Treatise on elephants
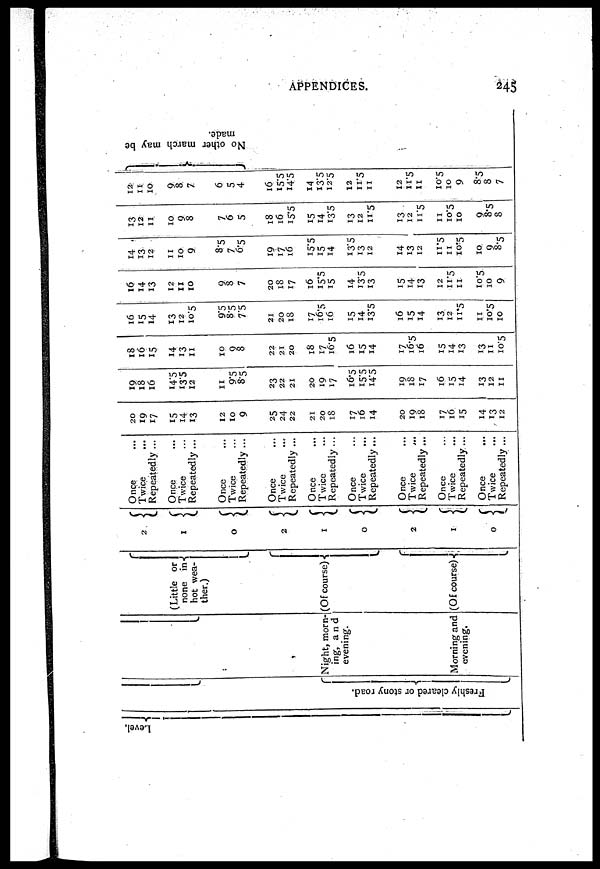
APPENDICES.
245
Level .
Fr es hl y c l e a r e d or stony road.
Night, morn-
ing, and
evening.
Morning and
evening.
(Little or
none in-
hot wea-
ther.)
(Of course)
(Of course)
2
1
0
2
1
0
2
1
0
Once ...
Twice ...
Repeatedly ...
Once ...
Twice ...
Repeatedly ...
Once ...
Twice ...
Repeatedly ...
Once ...
Twice ...
Repeatedly ...
Once ...
Twice ...
Repeatedly ...
Once ...
Twice ...
Repeatedly ...
Once ...
Twice
...
Repeatedly ...
Once ...
Twice ...
Repeatedly ...
Once ...
Twice ...
Repeatedly ...
20
19
17
15
14
13
12
10
9
25
24
22
21
20
18
17
16
14
20
19
18
17
16
15
14
13
12
19
18
16
14.5
13.5
12
11
9.5
8.5
23
22
21
20
19
17
16.5
15.5
14.5
19
18
17
16
15
14
13
12
11
18
16
15
14
13
11
10
9 8
22
21
20
18
17
16.5
16
15
14
17
16.5
16
15
14
13
13
11
10.5
16
15
14
13
12
10.5
9.5
8.5
7.5
21
20
18
17
16.5
16
15
14
13.5
16
15
14
13
12
11.5
11
10.5
10
16
14
13
12
11
10
9 8
7
20
18
17
16
15.5
15
14
13.5
13
15
14
13
12
11.5
11
10.5
10
9
14
13
12
11
10
9
8.5
7
6.5
19
17
16
15.5
15
14
13.5
13
12
14
13
12
11.5
11
10.5
10
9 8.5
13
12
11
10
9
8
7
6
5
18
16
15.5
15
14
13.5
13
12
11.5
13
12
11.5
11
10.5
10
9
8.5 8
12
11
10
9
8
7
6
5
4
16
15.5
14.5
14
13.5
12.5
12
11.5
11
12
11.5
11
10.5
10
9
8.5
8
7
No o t h e r m a r c h ma y be
made.